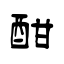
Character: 酣